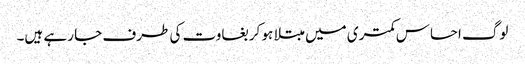
لوگ احساس کمتری میں مبتلا ہو کر بغاوت کی طرف جا رہے ہیں۔